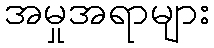
အမှုအရာများ